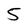
Character: 5